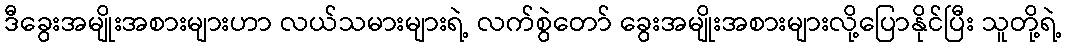
ဒီခွေးအမျိုးအစားများဟာ လယ်သမားများရဲ့ လက်စွဲတော် ခွေးအမျိုးအစားများလို့ပြောနိုင်ပြီး သူတို့ရဲ့